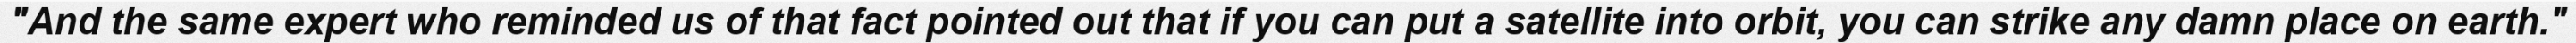
"And the same expert who reminded us of that fact pointed out that if you can put a satellite into orbit, you can strike any damn place on earth."